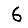
Digit: 6